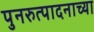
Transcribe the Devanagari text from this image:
पुनरुत्पादनाच्या